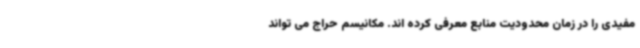
مفیدی را در زمان محدودیت منابع معرفی کرده اند. مکانیسم حراج می تواند